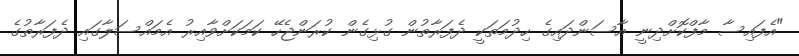
"އެފައިސާ މާފްކޮށްދިނީ އާސަންދައިގެ ހިދުމަތަކީ ދެފަރާތުން ގުޅިގެން ކުރަންޖެހޭ ކަމަކަށްވާއިރު އެމައްސަލާގައި ދެފަރާތުގެ